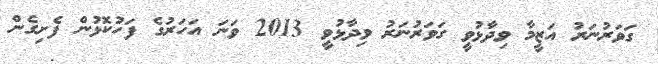
ގަވަރުނަރު އަޒީމާ ވިދާޅުވީ ގަވަރުނަރު ވިދާޅުވީ 2013 ވަނަ އަހަރުގެ ފަހުކޮޅުން ފެށިގެން